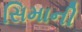
સિમાની